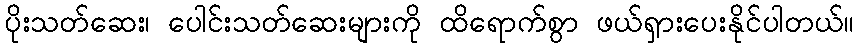
ပိုးသတ်ဆေး၊ ပေါင်းသတ်ဆေးများကို ထိရောက်စွာ ဖယ်ရှားပေးနိုင်ပါတယ်။